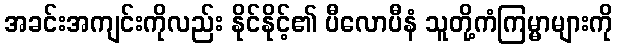
အခင်းအကျင်းကိုလည်း နိုင်နိုင့်၏ ပီလောပီနံ သူတို့ကံကြမ္မာများကို